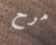
مرح